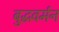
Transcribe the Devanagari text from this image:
बुद्धवर्मन